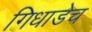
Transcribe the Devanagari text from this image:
गिधाडेच